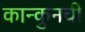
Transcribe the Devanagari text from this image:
कान्कुनची